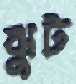
ঝুট